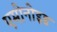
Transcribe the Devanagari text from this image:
एमोनोइड